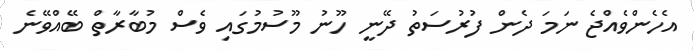
އެހެންވެއްޖެ ނަމަ ދެން ފުރުސަތު ދޭނީ ހޫނު މޫސުމުގައި ވެސް މުބާރާތް ބޭއްވޭނެ